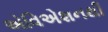
એવિએશનથી